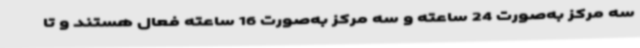
سه مرکز به‌صورت 24 ساعته و سه مرکز به‌صورت 16 ساعته فعال هستند و تا